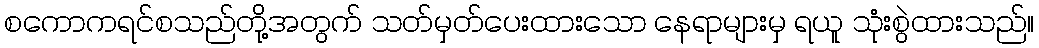
စကောကရင်စသည်တို့အတွက် သတ်မှတ်ပေးထားသော နေရာများမှ ရယူ သုံးစွဲထားသည်။